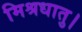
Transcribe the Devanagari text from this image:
मिश्रधातु।